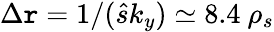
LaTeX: \Delta\mathtt{r}=1/(\hat{{s}}k_{y})\simeq8.4\ \rho_{s}